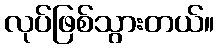
လုပ်ဖြစ်သွားတယ်။